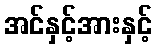
အင်နှင့်အားနှင့်